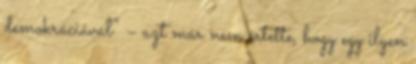
demok­ráciával” – azt már nem értette, hogy egy ilyen